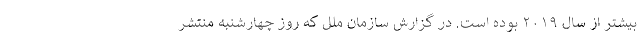
بیشتر از سال ۲۰۱۹ بوده است. در گزارش سازمان ملل که روز چهارشنبه منتشر